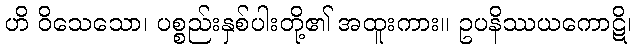
ဟိ ဝိသေသော၊ ပစ္စည်းနှစ်ပါးတို့၏ အထူးကား။ ဥပနိဿယကောဋိ၊